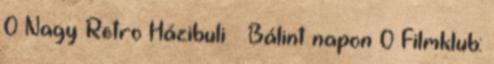
0 Nagy Retro Házibuli – Bálint napon 0 Filmklub: